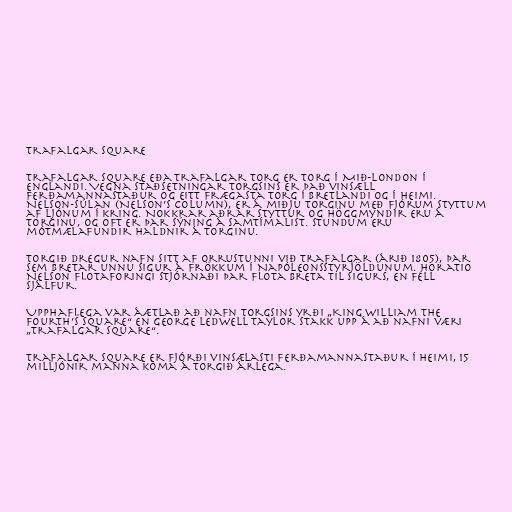
Trafalgar Square

Trafalgar Square eða Trafalgar torg er torg í Mið-London í
Englandi. Vegna staðsetningar torgsins er það vinsæll
ferðamannastaður og eitt frægasta torg í Bretlandi og í heimi.
Nelson-súlan (Nelson’s Column), er á miðju torginu með fjórum styttum
af ljónum í kring. Nokkrar aðrar styttur og höggmyndir eru á
torginu, og oft er þar sýning á samtímalist. Stundum eru
mótmælafundir haldnir á torginu.

Torgið dregur nafn sitt af orrustunni við Trafalgar (árið 1805), þar
sem Bretar unnu sigur á Frökkum í Napóleonsstyrjöldunum. Horatio
Nelson flotaforingi stjórnaði þar flota Breta til sigurs, en féll
sjálfur.

Upphaflega var áætlað að nafn torgsins yrði „King William the
Fourth’s Square“ en George Ledwell Taylor stakk upp á að nafni væri
„Trafalgar Square“.

Trafalgar Square er fjórði vinsælasti ferðamannastaður í heimi, 15
milljónir manna koma á torgið árlega.